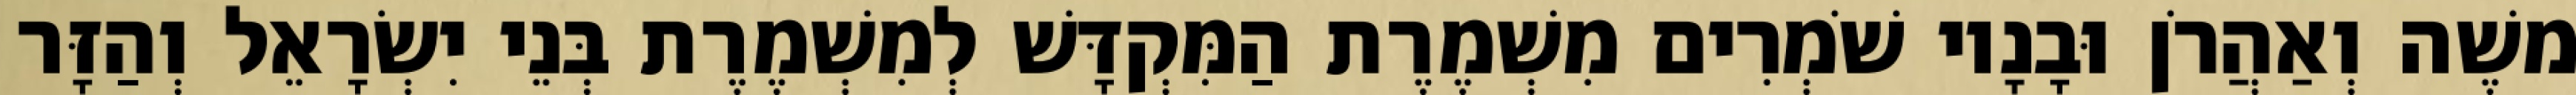
משֶׁה וְאַהֲרֹן וּבָנָיו שֹׁמְרִים מִשְׁמֶרֶת הַמִּקְדָּשׁ לְמִשְׁמֶרֶת בְּנֵי יִשְׂרָאֵל וְהַזָּר